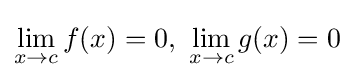
\lim _{x\to c}f(x)=0,\ \lim _{x\to c}g(x)=0\!